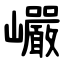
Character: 巗